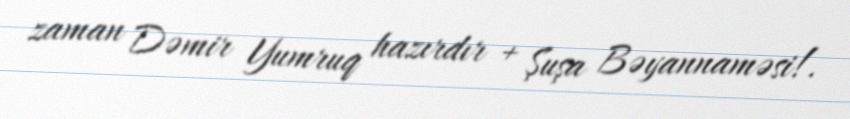
zaman Dəmir Yumruq hazırdır + Şuşa Bəyannaməsi!.